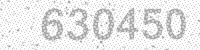
Solution: 630450